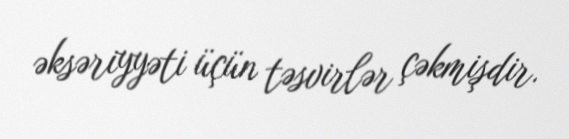
əksəriyyəti üçün təsvirlər çəkmişdir.